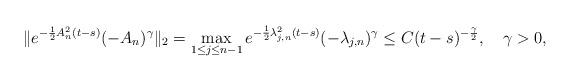
LaTeX: \begin{align*}\|e^{-\frac{1}{2}A_n^2(t-s)}(-A_n)^{\gamma}\|_{2}=\max_{1\le j\le n-1}e^{-\frac{1}{2}\lambda_{j,n}^2(t-s)}(-\lambda_{j,n})^\gamma\le C(t-s)^{-\frac{\gamma}{2}},\quad\gamma>0,\end{align*}